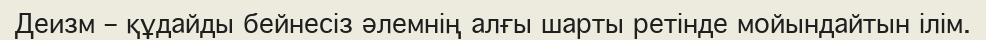
Деизм – құдайды бейнесіз әлемнің алғы шарты ретінде мойындайтын ілім.